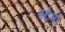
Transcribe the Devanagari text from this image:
स्टेपो